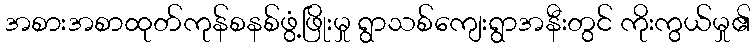
အစားအစာထုတ်ကုန်စနစ်ဖွံ့ဖြိုးမှု ရွာသစ်ကျေးရွာအနီးတွင် ကိုးကွယ်မှု၏